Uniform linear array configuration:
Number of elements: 48
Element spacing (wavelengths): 1
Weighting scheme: kaiser
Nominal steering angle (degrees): -45
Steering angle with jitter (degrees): -45.613
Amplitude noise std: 0.05
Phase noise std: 0.05

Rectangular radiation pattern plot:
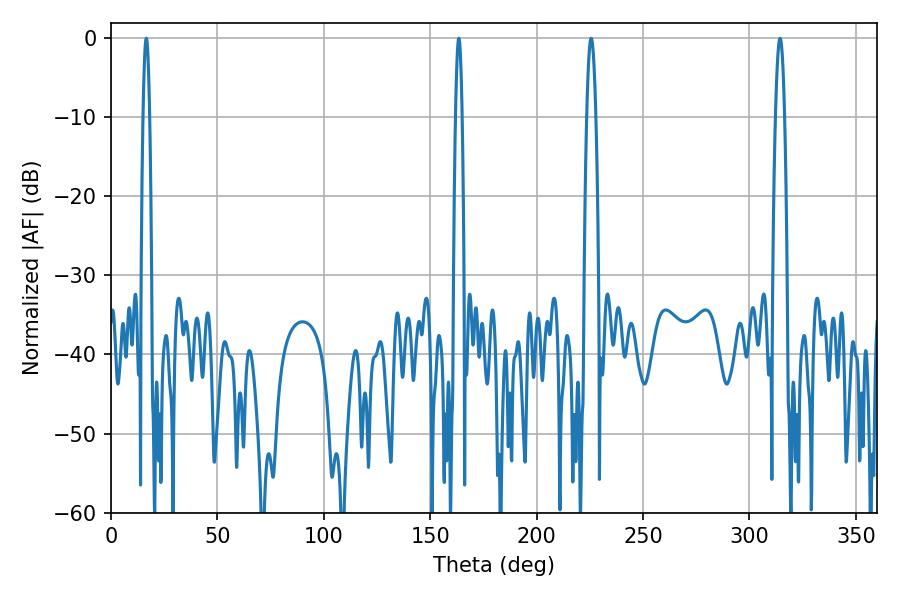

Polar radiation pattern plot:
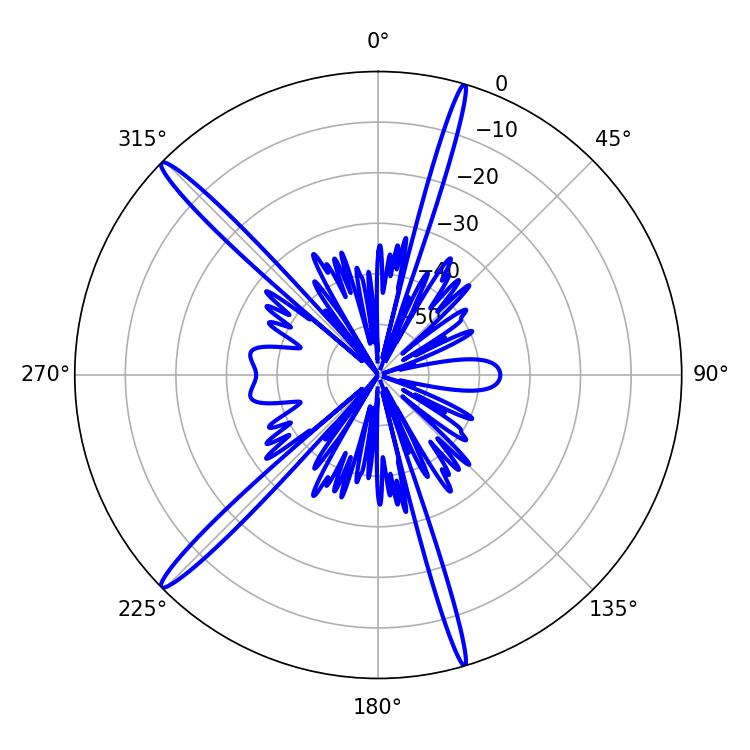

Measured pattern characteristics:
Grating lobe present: TRUE
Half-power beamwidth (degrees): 1.62
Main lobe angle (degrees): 16.56